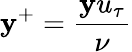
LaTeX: \mathbf{y}^{+}=\frac{{\mathbf{y}u_{\tau}}}{{\nu}}